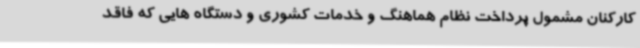
کارکنان مشمول پرداخت نظام هماهنگ و خدمات کشوری و دستگاه هایی که فاقد